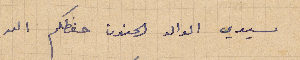
سيدي الوالد الحنون حفظكم الله